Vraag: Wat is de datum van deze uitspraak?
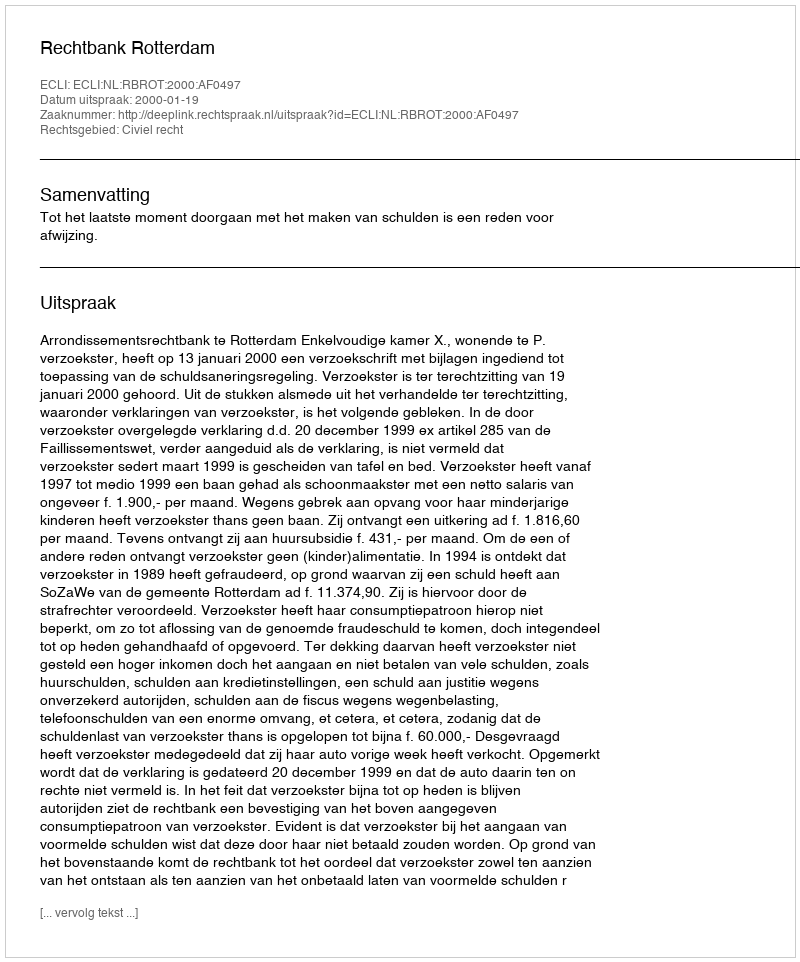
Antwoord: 2000-01-19